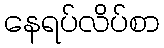
နေရပ်လိပ်စာ